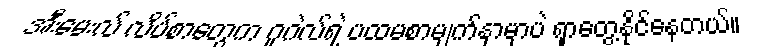
အီးမေးလ် လိပ်စာတွေက ဂူဂဲလ်ရဲ့ ပထမစာမျက်နှာမှာပဲ ရှာတွေ့နိုင်နေတယ်။